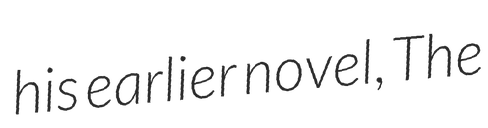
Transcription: his earlier novel, The